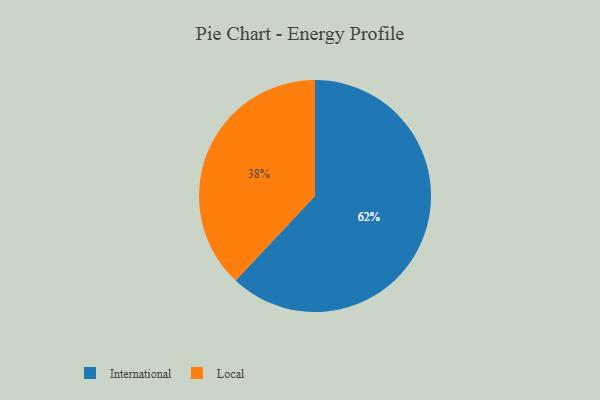
{"axis": {"x": "Category", "y": "Percentage"}, "legend": ["International", "Local"], "data": [{"x": "International", "y": 62, "type": "International"}, {"x": "Local", "y": 38, "type": "Local"}]}